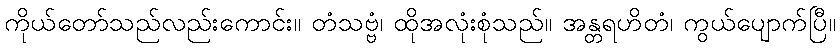
ကိုယ်တော်သည်လည်းကောင်း။ တံသဗ္ဗံ၊ ထိုအလုံးစုံသည်။ အန္တရဟိတံ၊ ကွယ်ပျောက်ပြီ။